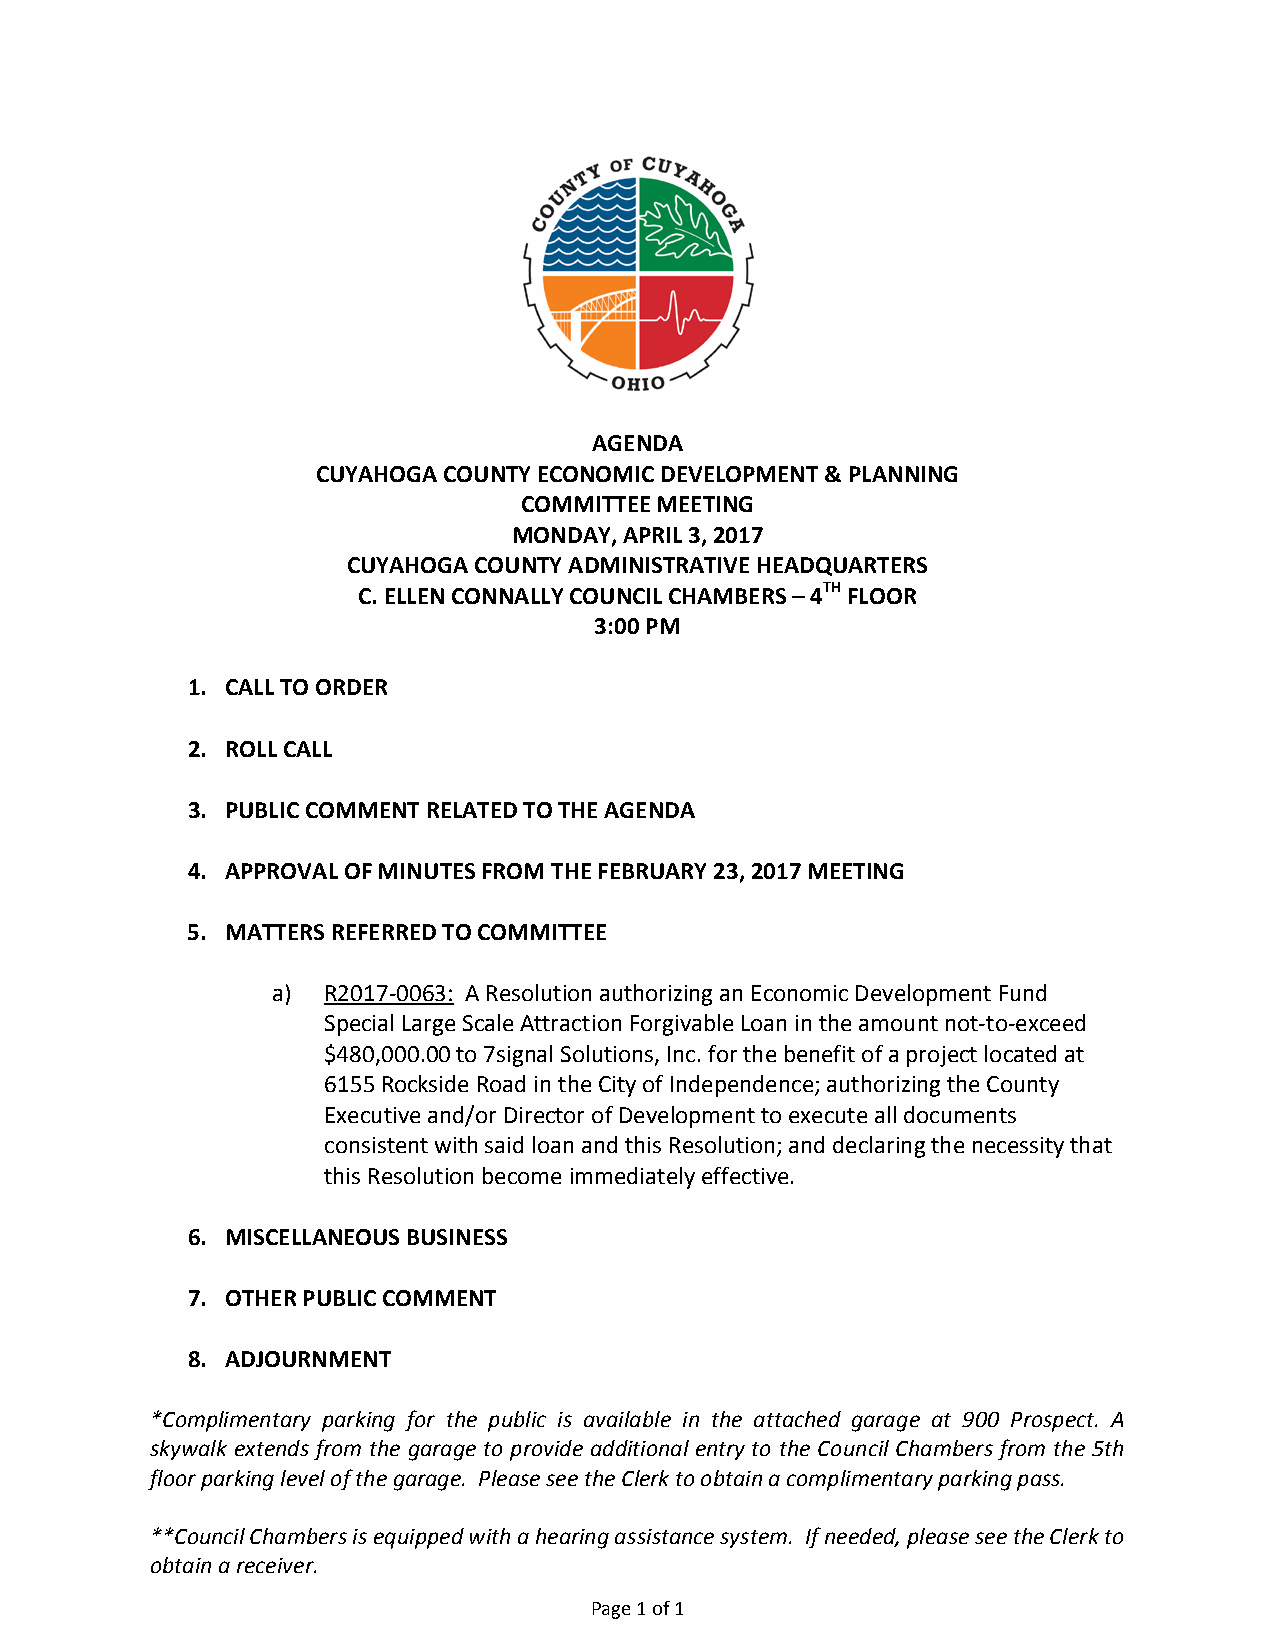
AGENDA
 CUYAHOGA COUNTY ECONOMIC DEVELOPMENT & PLANNING
 COMMITTEE MEETING
 MONDAY, APRIL 3, 2017
 CUYAHOGA COUNTY ADMINISTRATIVE HEADQUARTERS
 C. ELLEN CONNALLY COUNCIL CHAMBERS – 4TH FLOOR
 3:00 PM
 1. CALL TO ORDER
 2. ROLL CALL
 3. PUBLIC COMMENT RELATED TO THE AGENDA
 4. APPROVAL OF MINUTES FROM THE FEBRUARY 23, 2017 MEETING
 5. MATTERS REFERRED TO COMMITTEE
 a) R2017-0063: A Resolution authorizing an Economic Development Fund
 Special Large Scale Attraction Forgivable Loan in the amount not-to-exceed
 $480,000.00 to 7signal Solutions, Inc. for the benefit of a project located at
 6155 Rockside Road in the City of Independence; authorizing the County
 Executive and/or Director of Development to execute all documents
 consistent with said loan and this Resolution; and declaring the necessity that
 this Resolution become immediately effective.
 6. MISCELLANEOUS BUSINESS
 7. OTHER PUBLIC COMMENT
 8. ADJOURNMENT
 *Complimentary parking for the public is available in the attached garage at 900 Prospect. A
 skywalk extends from the garage to provide additional entry to the Council Chambers from the 5th
 floor parking level of the garage. Please see the Clerk to obtain a complimentary parking pass.
 **Council Chambers is equipped with a hearing assistance system. If needed, please see the Clerk to
 obtain a receiver.
 Page 1 of 1